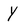
Character: Y